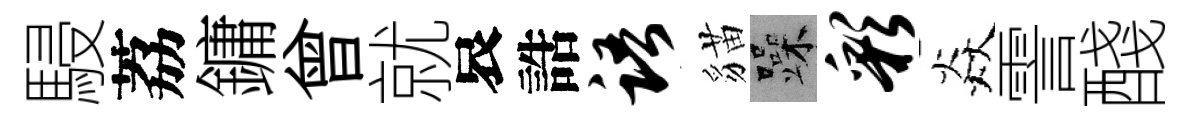
駸荔鏞曾就哀誥语貓躁彩焱霅醆